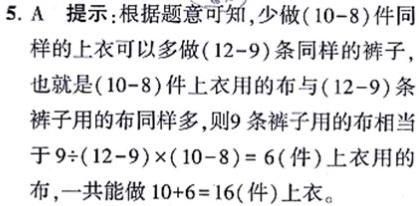
5. A 提示：根据题意可知，少做$(10 - 8)$件同样的上衣可以多做$(12 - 9)$条同样的裤子，也就是$(10 - 8)$件上衣用的布与$(12 - 9)$条裤子用的布同样多，则9条裤子用的布相当于$9\div(12 - 9)\times(10 - 8)=6$（件）上衣用的布，一共能做$10 + 6 = 16$（件）上衣。